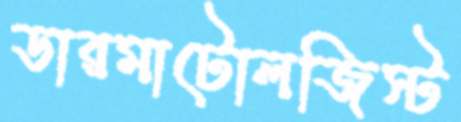
ডারমাটোলজিস্ট